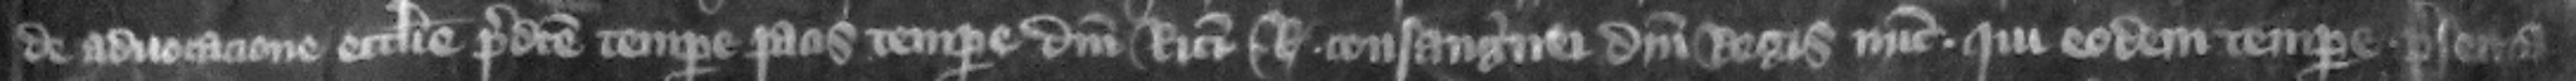
de aduocacione ecclesie predict tempore pacis tempore domini Ricardi regis consanguinei domini regis nunc qui eodem tempore presenta